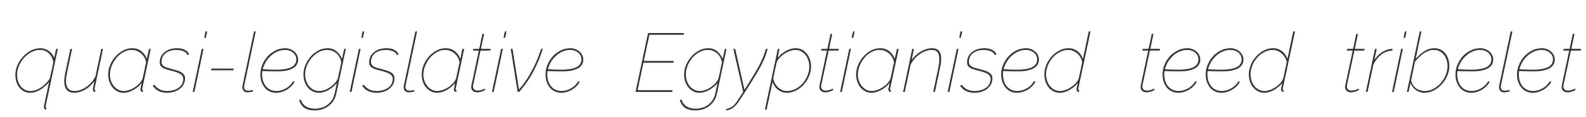
quasi-legislative Egyptianised teed tribelet